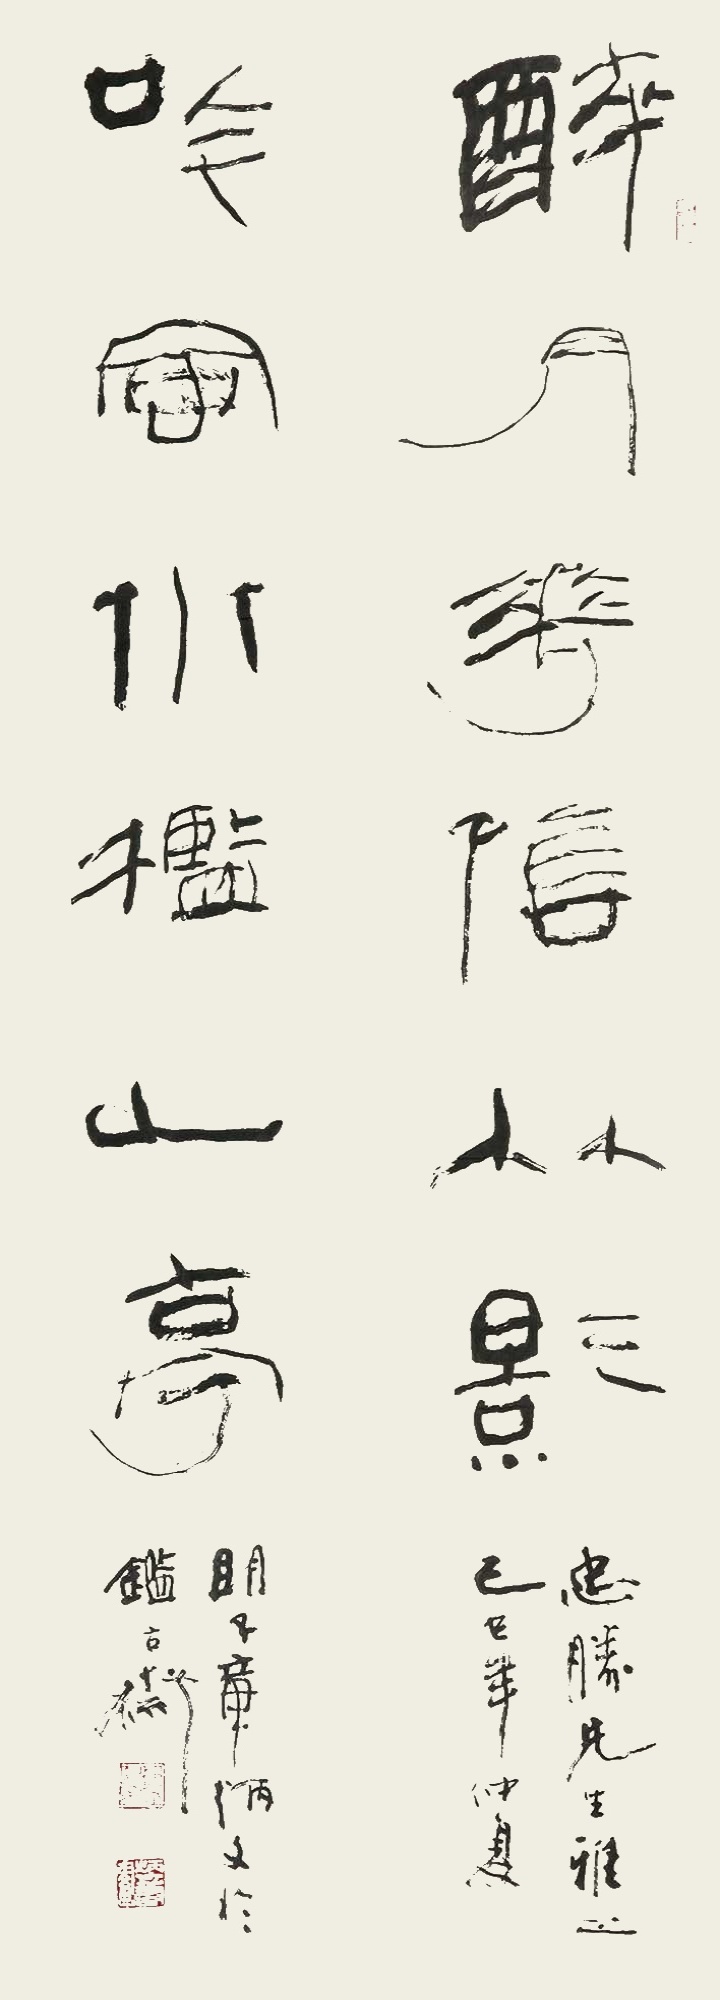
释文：醉月花阴竹影，吟风水槛山亭。忠胜先生雅正，己巳(1989)年仲夏，明子章炳文于鉴古斋。